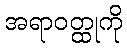
အရာဝတ္ထုကို